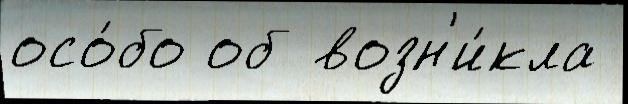
осо́бо об возн'и́кла